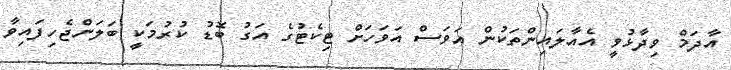
އާދަމް ވިދާޅުވީ އެއާލައިންތަކުން އަވަސް އަވަހަށް ޓިކެޓުގެ އަގު ބޮޑު ކުރުމަކީ ބަލަންޖެހިފައިވާ